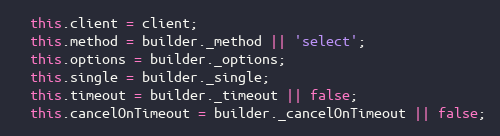
Language: JavaScript
  this.client = client;
  this.method = builder._method || 'select';
  this.options = builder._options;
  this.single = builder._single;
  this.timeout = builder._timeout || false;
  this.cancelOnTimeout = builder._cancelOnTimeout || false;